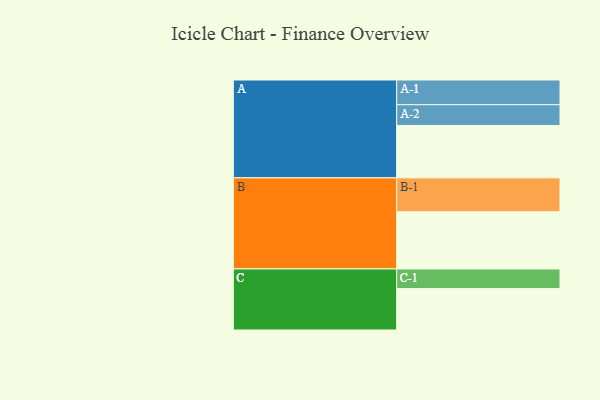
{"axis": {"x": "Segment", "y": "Value"}, "legend": ["", "A", "B", "C"], "data": [{"x": "A", "y": 424, "type": ""}, {"x": "B", "y": 463, "type": ""}, {"x": "C", "y": 335, "type": ""}, {"x": "A-1", "y": 200, "type": "A"}, {"x": "A-2", "y": 168, "type": "A"}, {"x": "B-1", "y": 274, "type": "B"}, {"x": "C-1", "y": 159, "type": "C"}]}